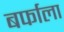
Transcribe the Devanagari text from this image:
बर्फाला